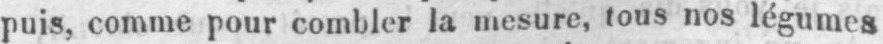
puis, comme pour combler la mesure, tous nos légumes